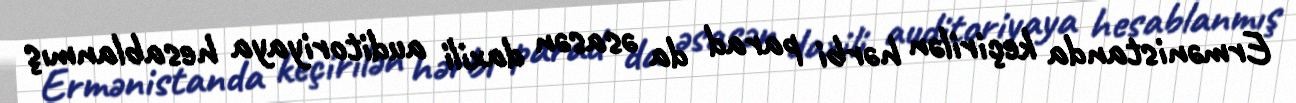
Ermənistanda keçirilən hərbi parad da əsasən daxili auditoriyaya hesablanmış